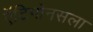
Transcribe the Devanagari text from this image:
ऍंटिगोनसला